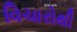
વિચારોથી